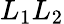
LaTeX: L_{1}L_{2}